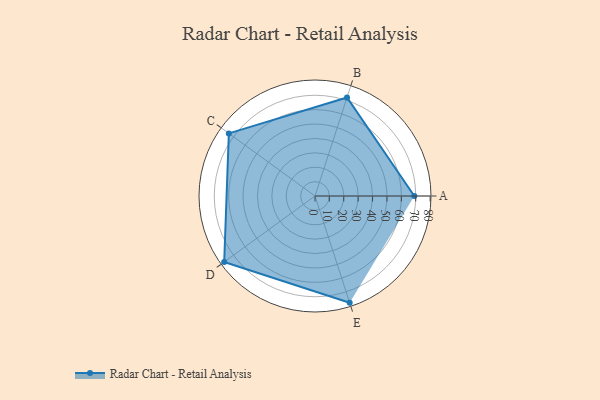
{"axis": {"x": "Skill", "y": "Score"}, "legend": ["Profile"], "data": [{"x": "A", "y": 69.0, "type": "Profile"}, {"x": "B", "y": 72.0, "type": "Profile"}, {"x": "C", "y": 74.0, "type": "Profile"}, {"x": "D", "y": 78.0, "type": "Profile"}, {"x": "E", "y": 78.0, "type": "Profile"}]}